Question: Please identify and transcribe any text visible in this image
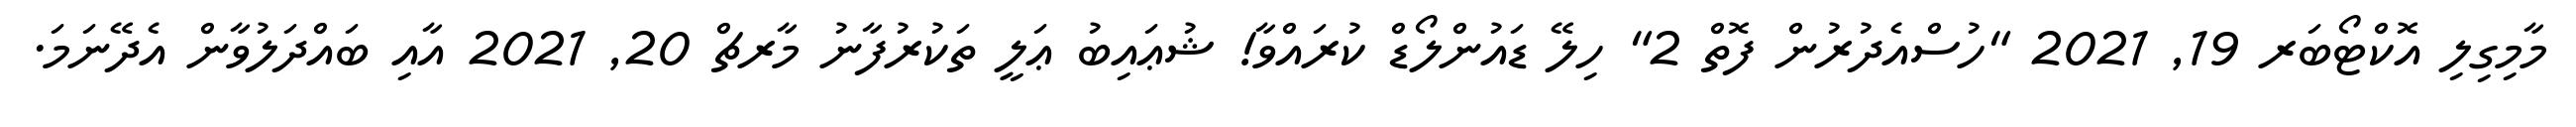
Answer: މާމިގިލި އޮކްޓޯބަރ 19, 2021 "ހުސްއެދުރުން ފޮތް 2" ހިލޭ ޑައުންލޯޑް ކުރައްވާ! ޝުޢައިބު ޢަލީ ތަކުރުފާނު މާރޗް 20, 2021 އާއި ބައްދަލުވާން އެދޭނަމަ.